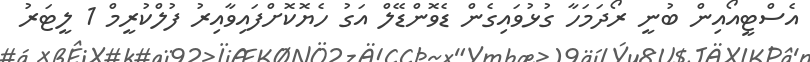
އެސްޓީއޯއިން ބުނީ ރޯދަމަހާ ގުޅުވައިގެން ޑެވޮންޑޭލް އަގު ހެޔޮކޮށްފައިވާއިރު ފުލްކުރީމް 1 ލީޓަރު